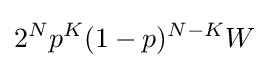
2^{N}p^{K}(1-p)^{N-K}W\!